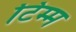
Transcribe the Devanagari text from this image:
टिम्म